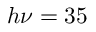
h \nu = 3 5